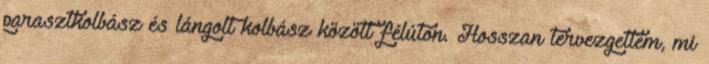
parasztkolbász és lángolt kolbász között félúton. Hosszan tervezgettem, mi